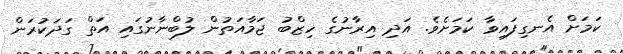
ކަމަށް އެނގިފައިވާ ކަމަށެވެ. އަދި އިރާނުގެ ހިޒްބު ޖަމާއަތުން ލުބްނާނުގައި އަތް ގަދަކުރަން